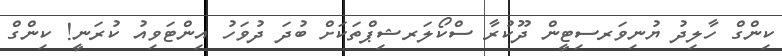
ކިންގް ހާލިދު ޔުނިވަރސިޓީން ދޫކުރާ ސްކޯލަރޝިޕްތަކަށް ބުދަ ދުވަހު އިންޓަވިއު ކުރަނީ! ކިންގް